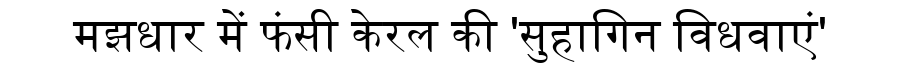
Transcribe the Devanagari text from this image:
मझधार में फंसी केरल की 'सुहागिन विधवाएं'